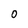
Character: o